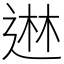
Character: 䢞